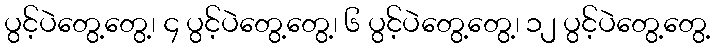
ပွင့်ပဲတွေ့တွေ့၊ ၄ ပွင့်ပဲတွေ့တွေ့၊ ၆ ပွင့်ပဲတွေ့တွေ့၊ ၁၂ ပွင့်ပဲတွေ့တွေ့